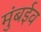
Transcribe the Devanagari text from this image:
मुंबईव